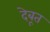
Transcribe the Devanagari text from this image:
देबूत